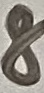
Text: 8